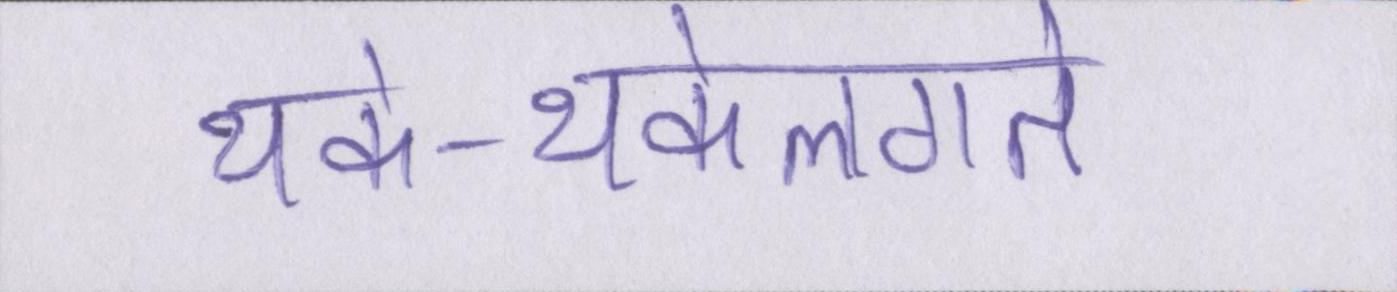
थके-थकेलगते